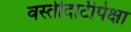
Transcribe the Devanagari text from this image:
वस्तीदाटीपेक्षा